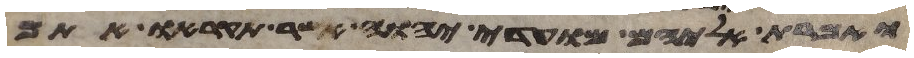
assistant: ואמרת אליהם מועדי יהוה אשר תקראו אתם